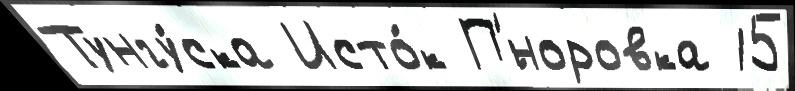
Тунгу́ска Исто́к П'́норовка 15